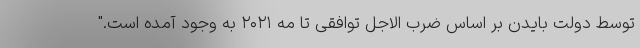
توسط دولت بایدن بر اساس ضرب الاجل توافقی تا مه ۲۰۲۱ به وجود آمده است."